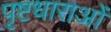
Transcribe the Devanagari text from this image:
पृष्टधाराओं